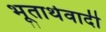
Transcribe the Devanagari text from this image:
भूतार्थवादी